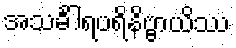
အသင်္ခါရပရိနိဗ္ဗာယိဿ